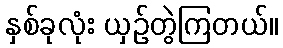
နှစ်ခုလုံး ယှဉ်တွဲကြတယ်။